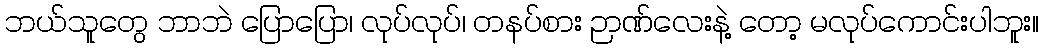
ဘယ်သူတွေ ဘာဘဲ ပြောပြော၊ လုပ်လုပ်၊ တနပ်စား ဉာဏ်လေးနဲ့ တော့ မလုပ်ကောင်းပါဘူး။